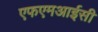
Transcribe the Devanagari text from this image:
एफएमआईसी